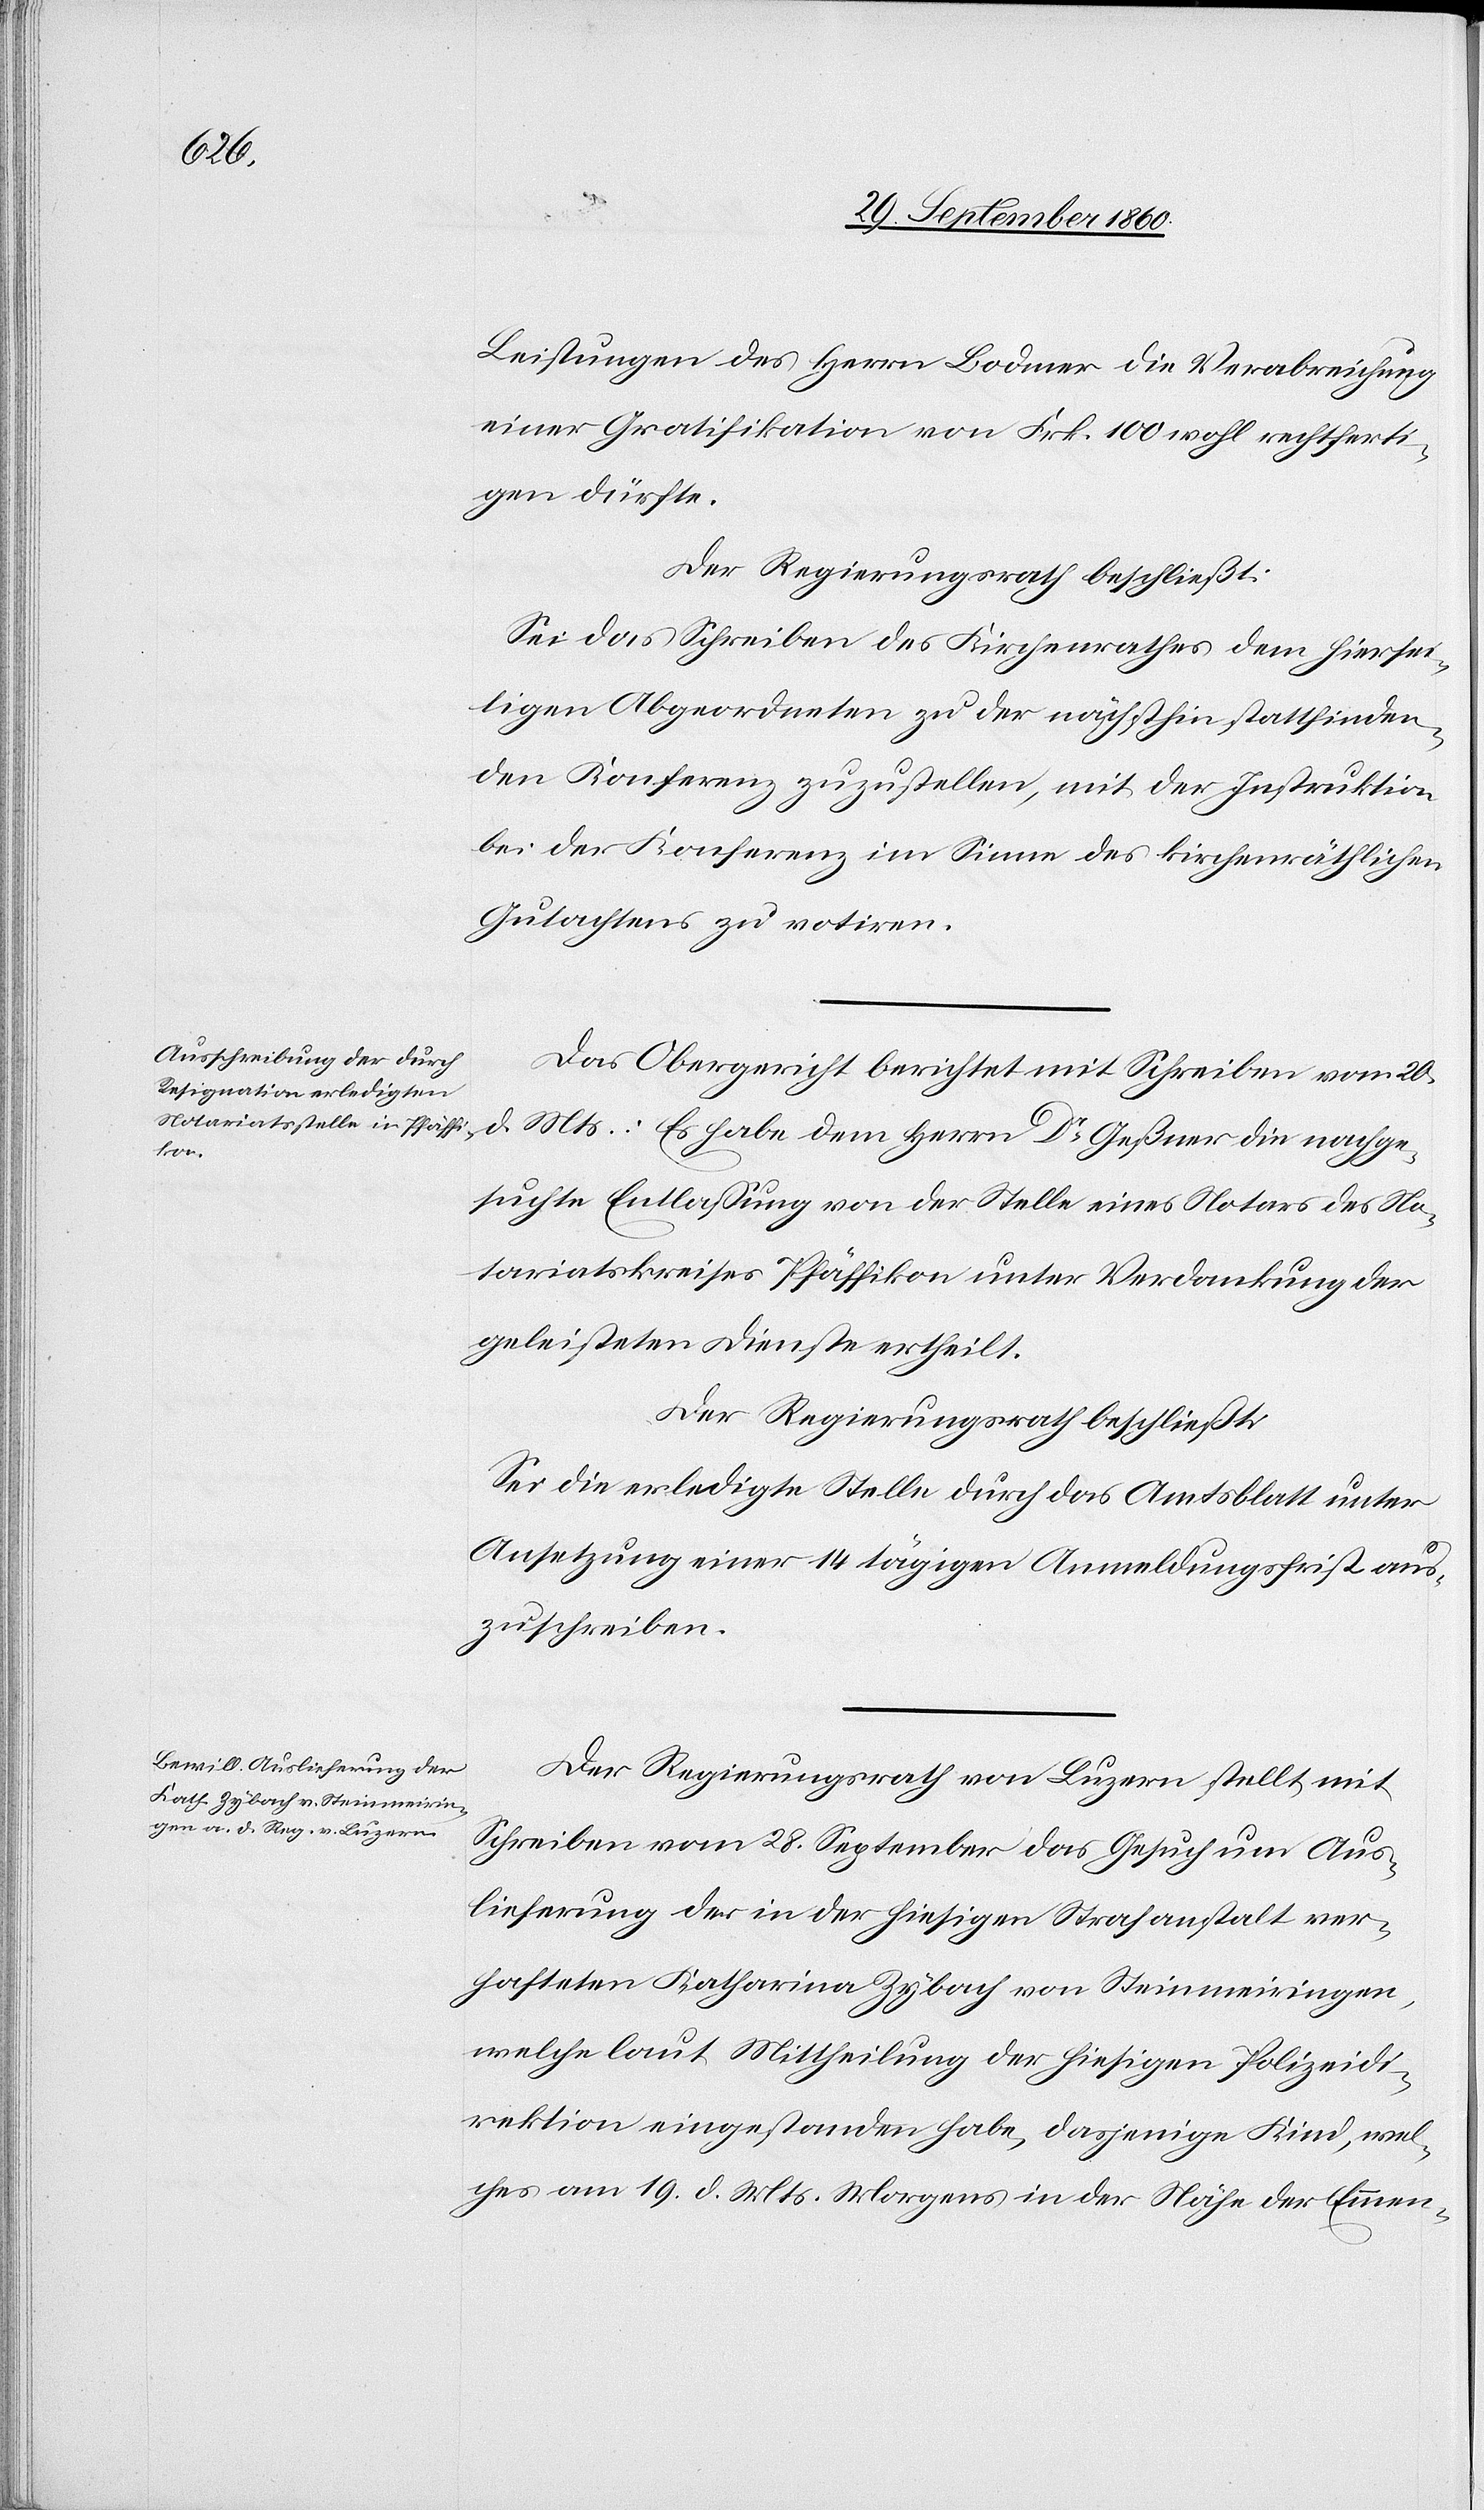
Leistungen des Herrn Bodmer die Verabreichung
einer Gratifikation von Frk. 100 wohl rechtferti¬
gen dürfte.
Der Regierungsrath beschließt:
Sei das Schreiben des Kirchenrathes dem hiersei¬
tigen Abgeordneten zu der nächsthin stattfinden¬
den Konferenz zuzustellen, mit der Instruktion
bei der Konferenz im Sinne des kirchenräthlichen
Gutachtens zu notiren.
Das Obergericht berichtet mit Schreiben vom 20.
d. Mts.: Es habe dem Herrn Dr Geßner die nachge¬
suchte Entlassung von der Stelle eines Notars des No¬
tariatskreises Pfäffikon unter Verdankung der
geleisteten Dienste ertheilt.
Der Regierungsrath beschließt:
Sei die erledigte Stelle durch das Amtsblatt unter
Ansetzung einer 14 tägigen Anmeldungsfrist aus¬
zuschreiben.
Der Regierungsrath von Luzern stellt mit
Schreiben vom 28. September das Gesuch um Aus¬
lieferung der in der hiesigen Strafanstalt ver¬
hafteten Katharina Zybach von Steinmeiringen,
welche laut Mittheilung der hiesigen Polizeidi¬
rektion eingestanden habe, dasjenige Kind, wel¬
ches am 19. d. Mts. Morgens in der Nähe der Emmen-